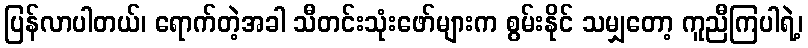
ပြန်လာပါတယ်၊ ရောက်တဲ့အခါ သီတင်းသုံးဖော်များက စွမ်းနိုင် သမျှတော့ ကူညီကြပါရဲ့၊